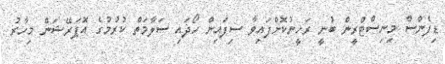
ޑިފެންސް މިނިސްޓްރީން ބުނީ ރަހީނުކޮށްފައިވާ ސިފައިން ހޯދައި ސަލާމަތް ކުރުމުގެ އޮޕަރޭޝަން މިހާރު